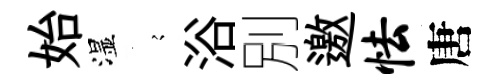
始湿𡪹浴別邀怯唐